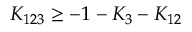
K _ { 1 2 3 } \ge - 1 - K _ { 3 } - K _ { 1 2 }